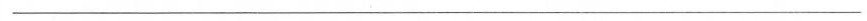
___